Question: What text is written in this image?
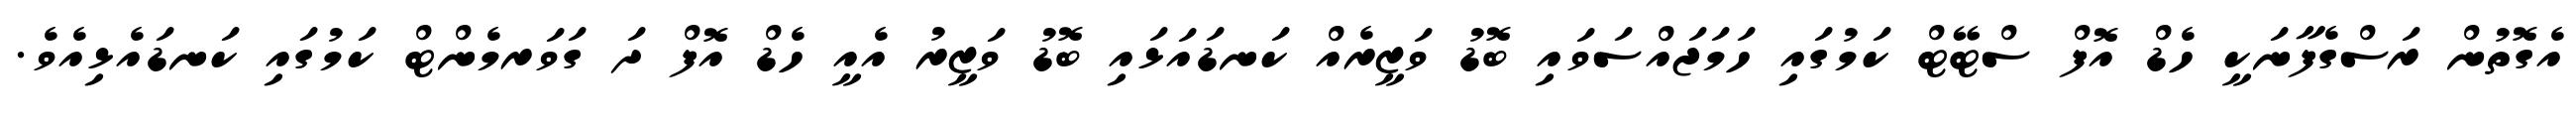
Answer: އެގޮތުން ރަސްގެފާނަކީ ހެޑް އޮފް ސްޓޭޓް ކަމުގައި ހަމަޖައްސަވައި ބޮޑު ވަޒީރެއް ކަނޑައަޅައި ބޮޑު ވަޒީރު އެއީ ހެޑް އޮފް ދަ ގަވަރމެންޓް ކަމުގައި ކަނޑައެޅިއެވެ.